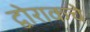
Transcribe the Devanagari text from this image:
द्वोराकचे